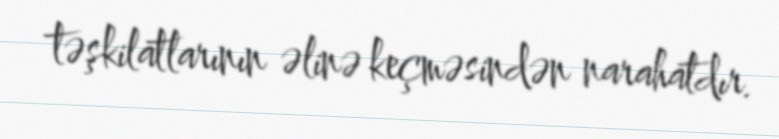
təşkilatlarının əlinə keçməsindən narahatdır.